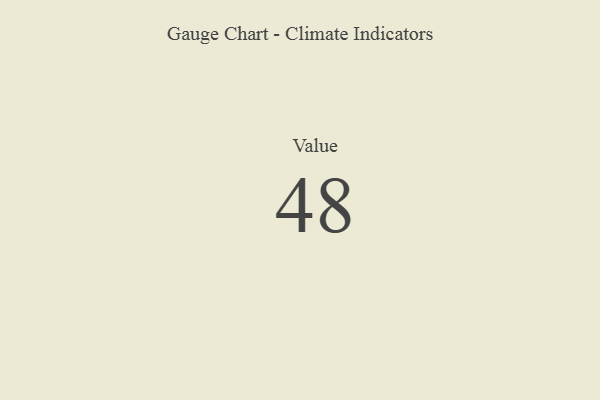
{"axis": {"x": "Metric", "y": "Value"}, "legend": [""], "data": [{"x": "Value", "y": 48, "type": ""}]}